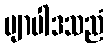
ဗျာပါဒသညံ